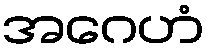
အဂေဟံ